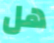
هل